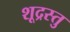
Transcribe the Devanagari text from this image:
शूद्रस्तु